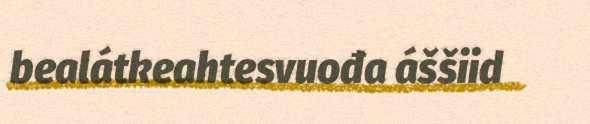
bealátkeahtesvuođa áššiid